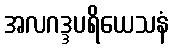
အလဂဒ္ဒပရိယေသနံ